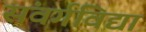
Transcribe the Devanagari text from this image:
संवर्गविद्या